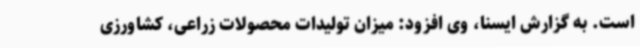
است. به گزارش ایسنا، وی افزود: میزان تولیدات محصولات زراعی، کشاورزی